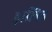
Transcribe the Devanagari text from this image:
झलित